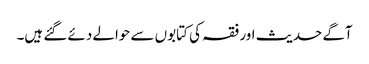
آگے حدیث اور فقہ کی کتابوں سے حوالے دئے گئے ہیں۔